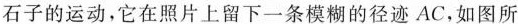
石子的运动，它在照片上留下一条模糊的径迹AC，如图所